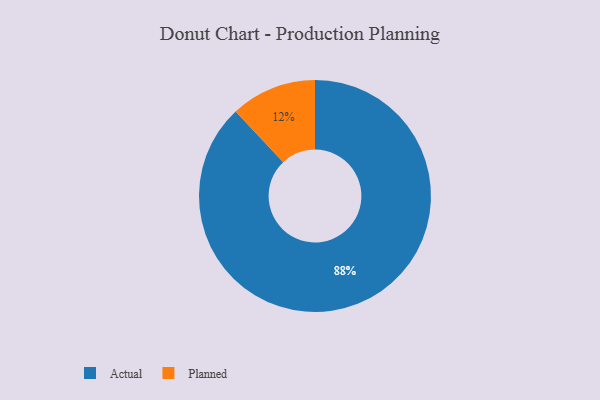
{"axis": {"x": "Category", "y": "Percentage"}, "legend": ["Actual", "Planned"], "data": [{"x": "Planned", "y": 12, "type": "Planned"}, {"x": "Actual", "y": 88, "type": "Actual"}]}